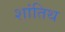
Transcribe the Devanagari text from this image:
शांतिथ